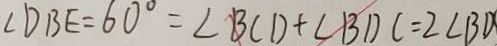
\angle D B E = 6 0 ^ { \circ } = \angle B C D + \angle B D C = 2 \angle B D